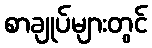
စာချုပ်များတွင်